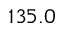
1 3 5 . 0